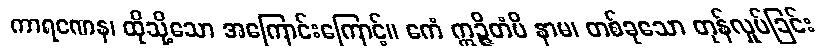
ကာရဏေန၊ ထိုသို့သော အကြောင်းကြောင့်။ ဧကံ ဣဉ္ဇိတံပိ နာမ၊ တစ်ခုသော တုန်လှုပ်ခြင်း